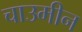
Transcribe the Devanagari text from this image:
चाउमीन